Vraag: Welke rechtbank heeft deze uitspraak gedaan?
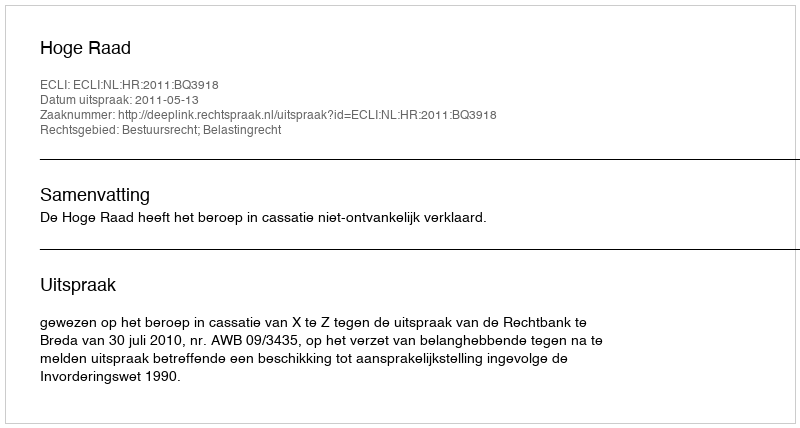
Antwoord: Hoge Raad